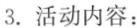
3.活动内容：